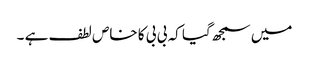
میں سمجھ گیا کہ بی بی کا خاص لطف ہے ۔